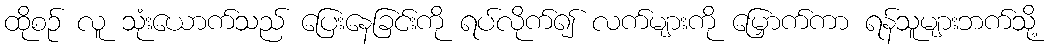
ထိုစဉ် လူ သုံးယောက်သည် ပြေးနေခြင်းကို ရပ်လိုက်၍ လက်များကို မြှောက်ကာ ရန်သူများဘက်သို့